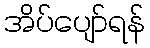
အိပ်ပျော်ရန်